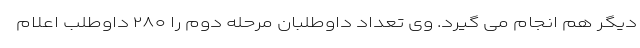
دیگر هم انجام می گیرد. وی تعداد داوطلبان مرحله دوم را ۲۸۰ داوطلب اعلام